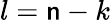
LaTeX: l=\mathsf{n}-k